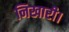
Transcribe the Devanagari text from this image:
निखारी।